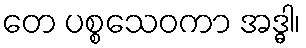
တေ ပစ္စသေဝကာ အဒ္ဓါ၊